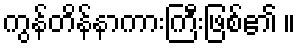
ကွန်တိန်နာကားကြီးဖြစ်၏ ။